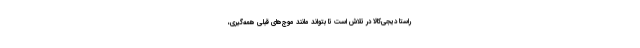
راستا دیجی‌کالا در تلاش است تا بتواند مانند موج‌های قبلی همه‌گیری،